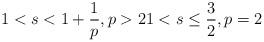
LaTeX: \begin{align*} 1 < s < 1 + \frac{1}{p}, p > 2 1 < s \leq \frac{3}{2}, p = 2\end{align*}